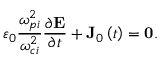
\varepsilon _ { 0 } \frac { \omega _ { p i } ^ { 2 } } { \omega _ { c i } ^ { 2 } } \frac { \partial \mathbf { E } } { \partial t } + \mathbf { J } _ { 0 } \left( t \right) = \mathbf { 0 } .